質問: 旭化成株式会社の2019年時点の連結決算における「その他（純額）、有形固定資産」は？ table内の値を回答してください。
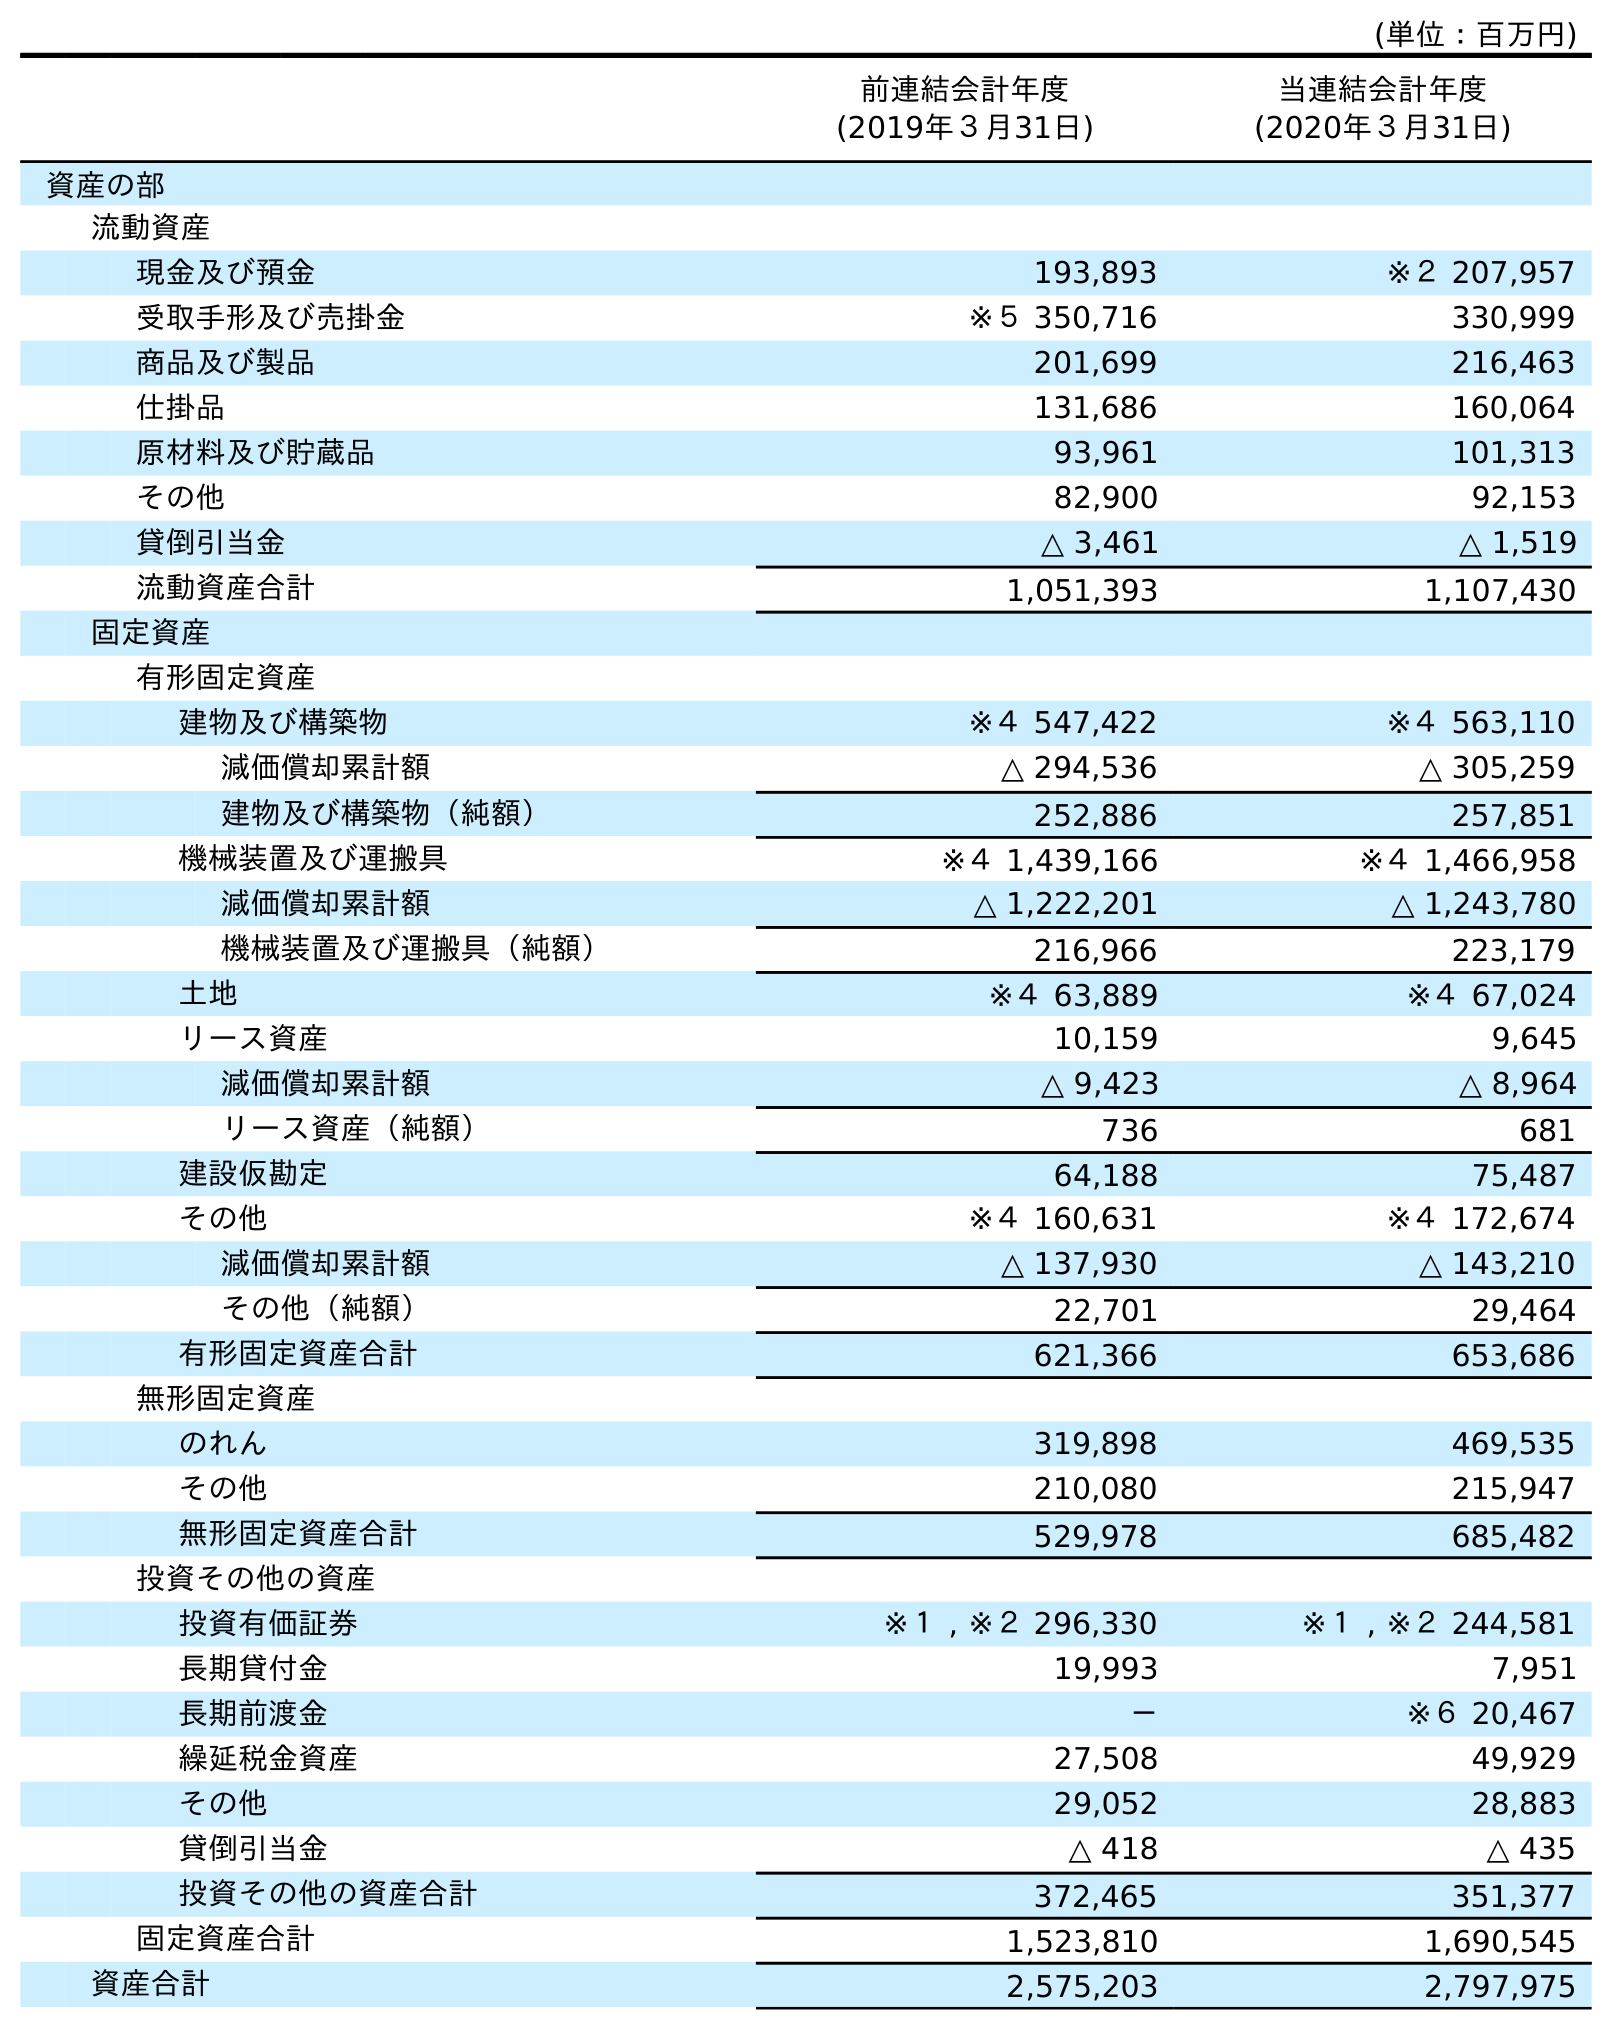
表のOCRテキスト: (単位：百万円) 前連結会計年度 (2019年３月31日) 当連結会計年度 (2020年３月31日) 資産の部 流動資産 現金及び預金 193,893 ※２ 207,957 受取手形及び売掛金 ※５ 350,716 330,999 商品及び製品 201,699 216,463 仕掛品 131,686 160,064 原材料及び貯蔵品 93,961 101,313 その他 82,900 92,153 貸倒引当金 △ 3,461 △ 1,519 流動資産合計 1,051,393 1,107,430 固定資産 有形固定資産 建物及び構築物 ※４ 547,422 ※４ 563,110 減価償却累計額 △ 294,536 △ 305,259 建物及び構築物（純額） 252,886 257,851 機械装置及び運搬具 ※４ 1,439,166 ※４ 1,466,958 減価償却累計額 △ 1,222,201 △ 1,243,780 機械装置及び運搬具（純額） 216,966 223,179 土地 ※４ 63,889 ※４ 67,024 リース資産 10,159 9,645 減価償却累計額 △ 9,423 △ 8,964 リース資産（純額） 736 681 建設仮勘定 64,188 75,487 その他 ※４ 160,631 ※４ 172,674 減価償却累計額 △ 137,930 △ 143,210 その他（純額） 22,701 29,464 有形固定資産合計 621,366 653,686 無形固定資産 のれん 319,898 469,535 その他 210,080 215,947 無形固定資産合計 529,978 685,482 投資その他の資産 投資有価証券 ※１ , ※２ 296,330 ※１ , ※２ 244,581 長期貸付金 19,993 7,951 長期前渡金 － ※６ 20,467 繰延税金資産 27,508 49,929 その他 29,052 28,883 貸倒引当金 △ 418 △ 435 投資その他の資産合計 372,465 351,377 固定資産合計 1,523,810 1,690,545 資産合計 2,575,203 2,797,975
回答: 22,701